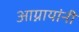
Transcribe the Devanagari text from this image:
आग्नायांनी